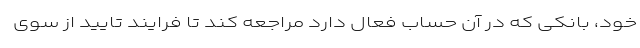
خود، بانکی که در آن حساب فعال دارد مراجعه کند تا فرایند تایید از سوی